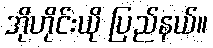
အိုဟိုင်းယို ပြည်နယ်။